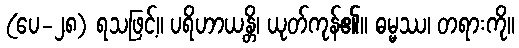
(ပေ-၂၈) ရသဖြင့်။ ပရိဟာယန္တိ၊ ယုတ်ကုန်၏။ ဓမ္မဿ၊ တရားကို။